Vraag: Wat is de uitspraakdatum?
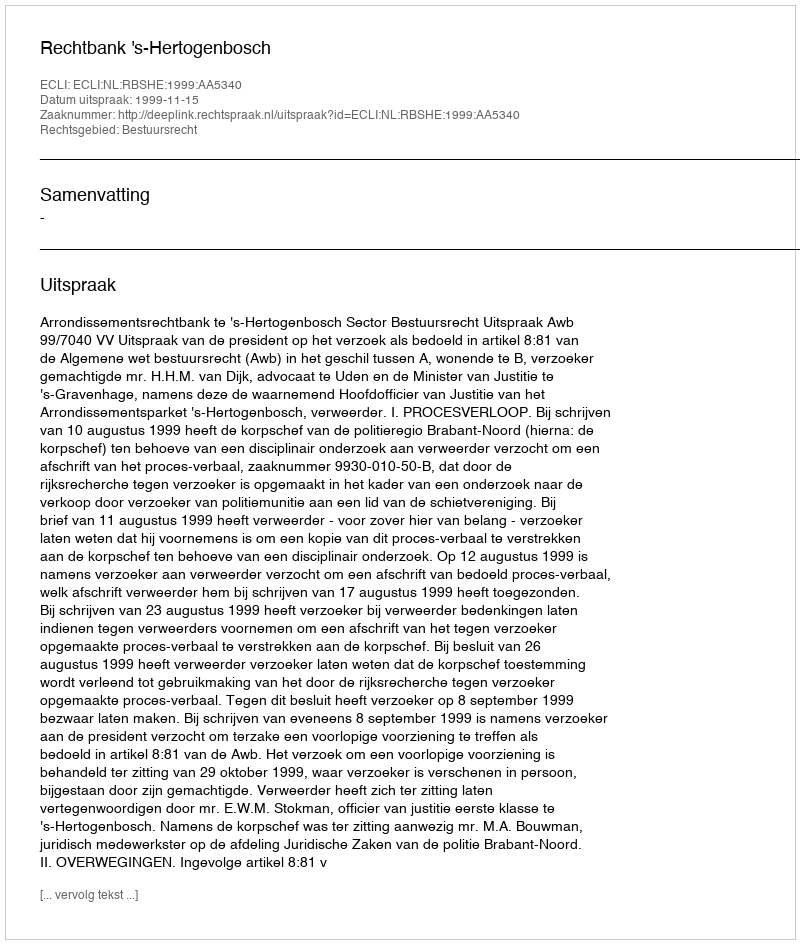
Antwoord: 1999-11-15